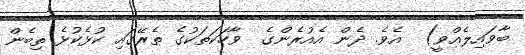
ބާވައިލެއްވީ)  އެވެ. ދެން އެއުރެންގެ  ވާހަކަތަކުގެ ތެރޭގައި ކުޅެކުޅެ ތިބެން